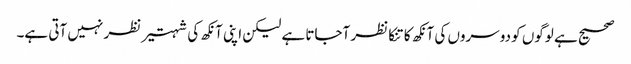
صحیح ہے لوگوں کو دوسروں کی آنکھ کا تنکا نظر آجاتا ہے لیکن اپنی آنکھ کی شہتیر نظر نہیں آتی ہے۔